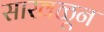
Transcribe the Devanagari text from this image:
साखळून